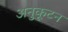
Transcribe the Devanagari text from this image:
अनुकूटन